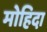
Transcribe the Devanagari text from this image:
मोहिदा